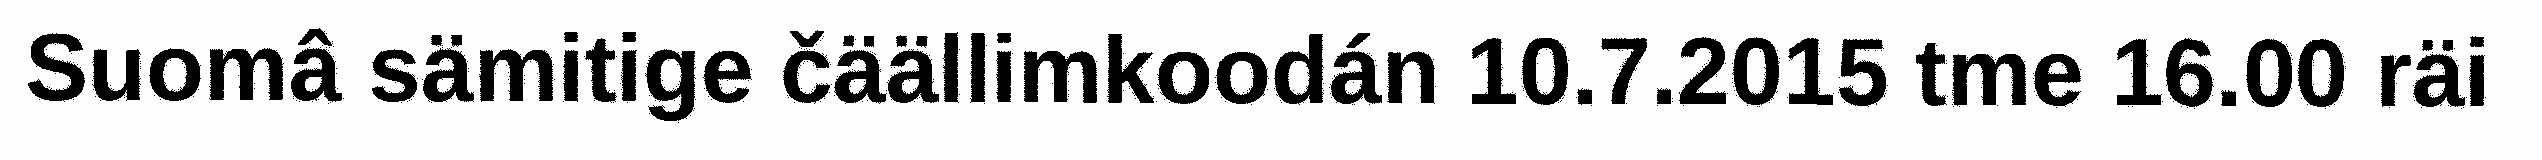
Suomâ sämitige čäällimkoodán 10.7.2015 tme 16.00 räi